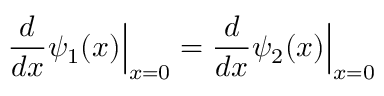
{ \frac { d } { d x } } \psi _ { 1 } ( x ) { \Big | } _ { x = 0 } = { \frac { d } { d x } } \psi _ { 2 } ( x ) { \Big | } _ { x = 0 }